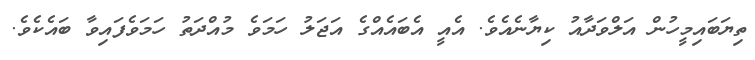
ތިޔަބައިމީހުން އަލްވަދާއު ކިޔާނެއެވެ. އެއީ އެބައެއްގެ އަޖަލު ހަމަވެ މުއްދަތު ހަމަވެފައިވާ ބައެކެވެ.